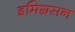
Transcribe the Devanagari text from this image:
इमिग्रसन